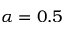
\alpha = 0 . 5